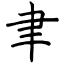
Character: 聿